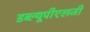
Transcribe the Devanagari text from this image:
डब्ल्यूपीएलजी